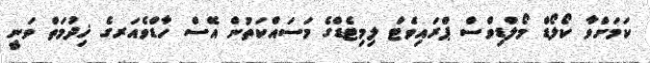
ކަމަށްވާ ކޯލޯޑް މޯލްޑިވްސް ޕްރައިވެޓް ލިމިޓެޑްގެ މަސައްކަތުން އޭސް ހާޑްވެއަރގެ ޚިދުމަތް ވަނީ